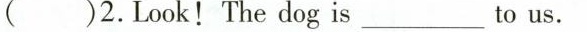
(_)2.Look!The dog is___to us